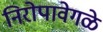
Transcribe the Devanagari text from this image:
निरोपावेगळे